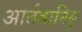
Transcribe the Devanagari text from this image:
आर्तबानिस्